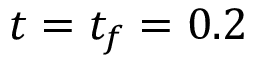
t = t _ { f } = 0 . 2